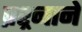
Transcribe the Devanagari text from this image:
प्रश्र्नाने